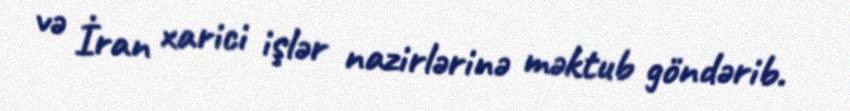
və İran xarici işlər nazirlərinə məktub göndərib.